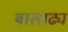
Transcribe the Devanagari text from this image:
बालाढ्य